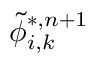
\tilde { \phi } _ { i , k } ^ { * , n + 1 }